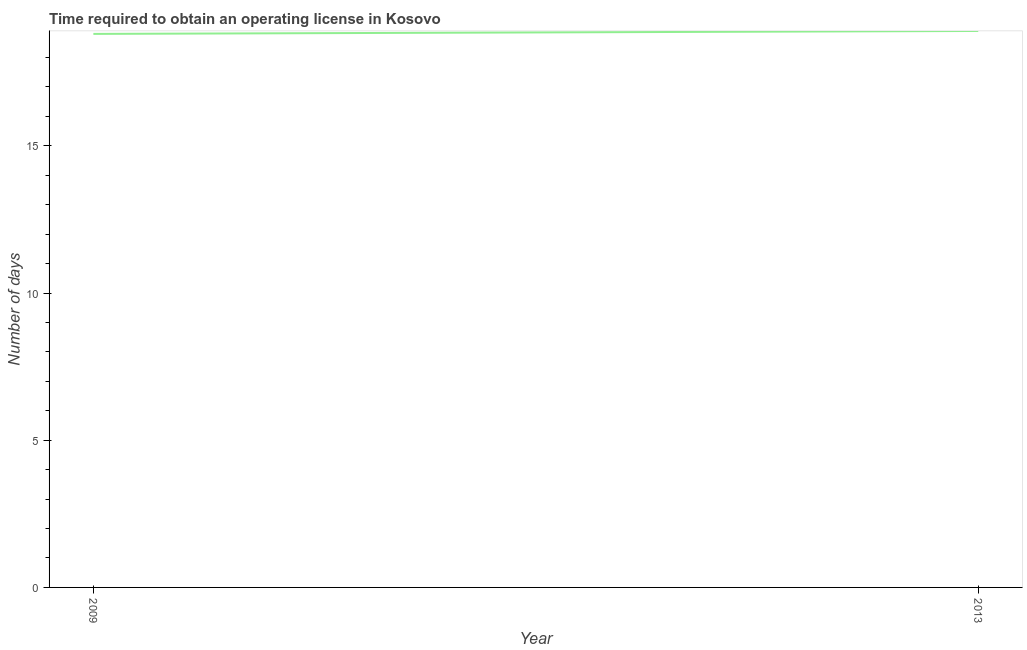
| Year | Obtain operating license |
 | --- | --- |
 | 2009 | 18.8 |
 | 2013 | 18.9 |